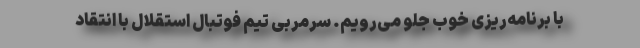
با برنامه‌ریزی خوب جلو می‌رویم. سرمربی تیم فوتبال استقلال با انتقاد